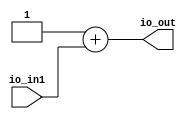
module Adder(
  input  [31:0] io_in1,
  output [31:0] io_out
);
  assign io_out = 32'h1 + io_in1; // @[Adder.scala 13:22]
endmodule
module Register(
  input         clock,
  input         reset,
  input  [31:0] io_in,
  output [31:0] io_out
);
`ifdef RANDOMIZE_REG_INIT
  reg [31:0] _RAND_0;
`endif // RANDOMIZE_REG_INIT
  reg [31:0] reg_; // @[Register.scala 11:23]
  assign io_out = reg_; // @[Register.scala 13:12]
  always @(posedge clock) begin
    if (reset) begin // @[Register.scala 11:23]
      reg_ <= 32'h0; // @[Register.scala 11:23]
    end else begin
      reg_ <= io_in; // @[Register.scala 12:9]
    end
  end
// Register and memory initialization
`ifdef RANDOMIZE_GARBAGE_ASSIGN
`define RANDOMIZE
`endif
`ifdef RANDOMIZE_INVALID_ASSIGN
`define RANDOMIZE
`endif
`ifdef RANDOMIZE_REG_INIT
`define RANDOMIZE
`endif
`ifdef RANDOMIZE_MEM_INIT
`define RANDOMIZE
`endif
`ifndef RANDOM
`define RANDOM $random
`endif
`ifdef RANDOMIZE_MEM_INIT
  integer initvar;
`endif
`ifndef SYNTHESIS
`ifdef FIRRTL_BEFORE_INITIAL
`FIRRTL_BEFORE_INITIAL
`endif
initial begin
  `ifdef RANDOMIZE
    `ifdef INIT_RANDOM
      `INIT_RANDOM
    `endif
    `ifndef VERILATOR
      `ifdef RANDOMIZE_DELAY
        #`RANDOMIZE_DELAY begin end
      `else
        #0.002 begin end
      `endif
    `endif
`ifdef RANDOMIZE_REG_INIT
  _RAND_0 = {1{`RANDOM}};
  reg_ = _RAND_0[31:0];
`endif // RANDOMIZE_REG_INIT
  `endif // RANDOMIZE
end // initial
`ifdef FIRRTL_AFTER_INITIAL
`FIRRTL_AFTER_INITIAL
`endif
`endif // SYNTHESIS
endmodule
module Count100(
  input         clock,
  input         reset,
  output [31:0] io_out
);
  wire [31:0] adder_io_in1; // @[Count100.scala 10:23]
  wire [31:0] adder_io_out; // @[Count100.scala 10:23]
  wire  register_clock; // @[Count100.scala 11:26]
  wire  register_reset; // @[Count100.scala 11:26]
  wire [31:0] register_io_in; // @[Count100.scala 11:26]
  wire [31:0] register_io_out; // @[Count100.scala 11:26]
  Adder adder ( // @[Count100.scala 10:23]
    .io_in1(adder_io_in1),
    .io_out(adder_io_out)
  );
  Register register ( // @[Count100.scala 11:26]
    .clock(register_clock),
    .reset(register_reset),
    .io_in(register_io_in),
    .io_out(register_io_out)
  );
  assign io_out = register_io_out; // @[Count100.scala 20:12]
  assign adder_io_in1 = register_io_out; // @[Count100.scala 15:18]
  assign register_clock = clock;
  assign register_reset = reset;
  assign register_io_in = register_io_out == 32'h63 ? 32'h0 : adder_io_out; // @[Count100.scala 18:19]
endmodule